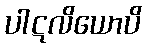
ပါဋလိယောပိ